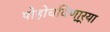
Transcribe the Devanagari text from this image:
पोहोचविणा्र्‍या